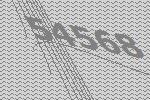
54568